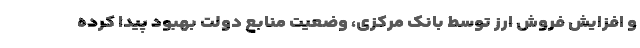
و افزایش فروش ارز توسط بانک مرکزی، وضعیت منابع دولت بهبود پیدا کرده